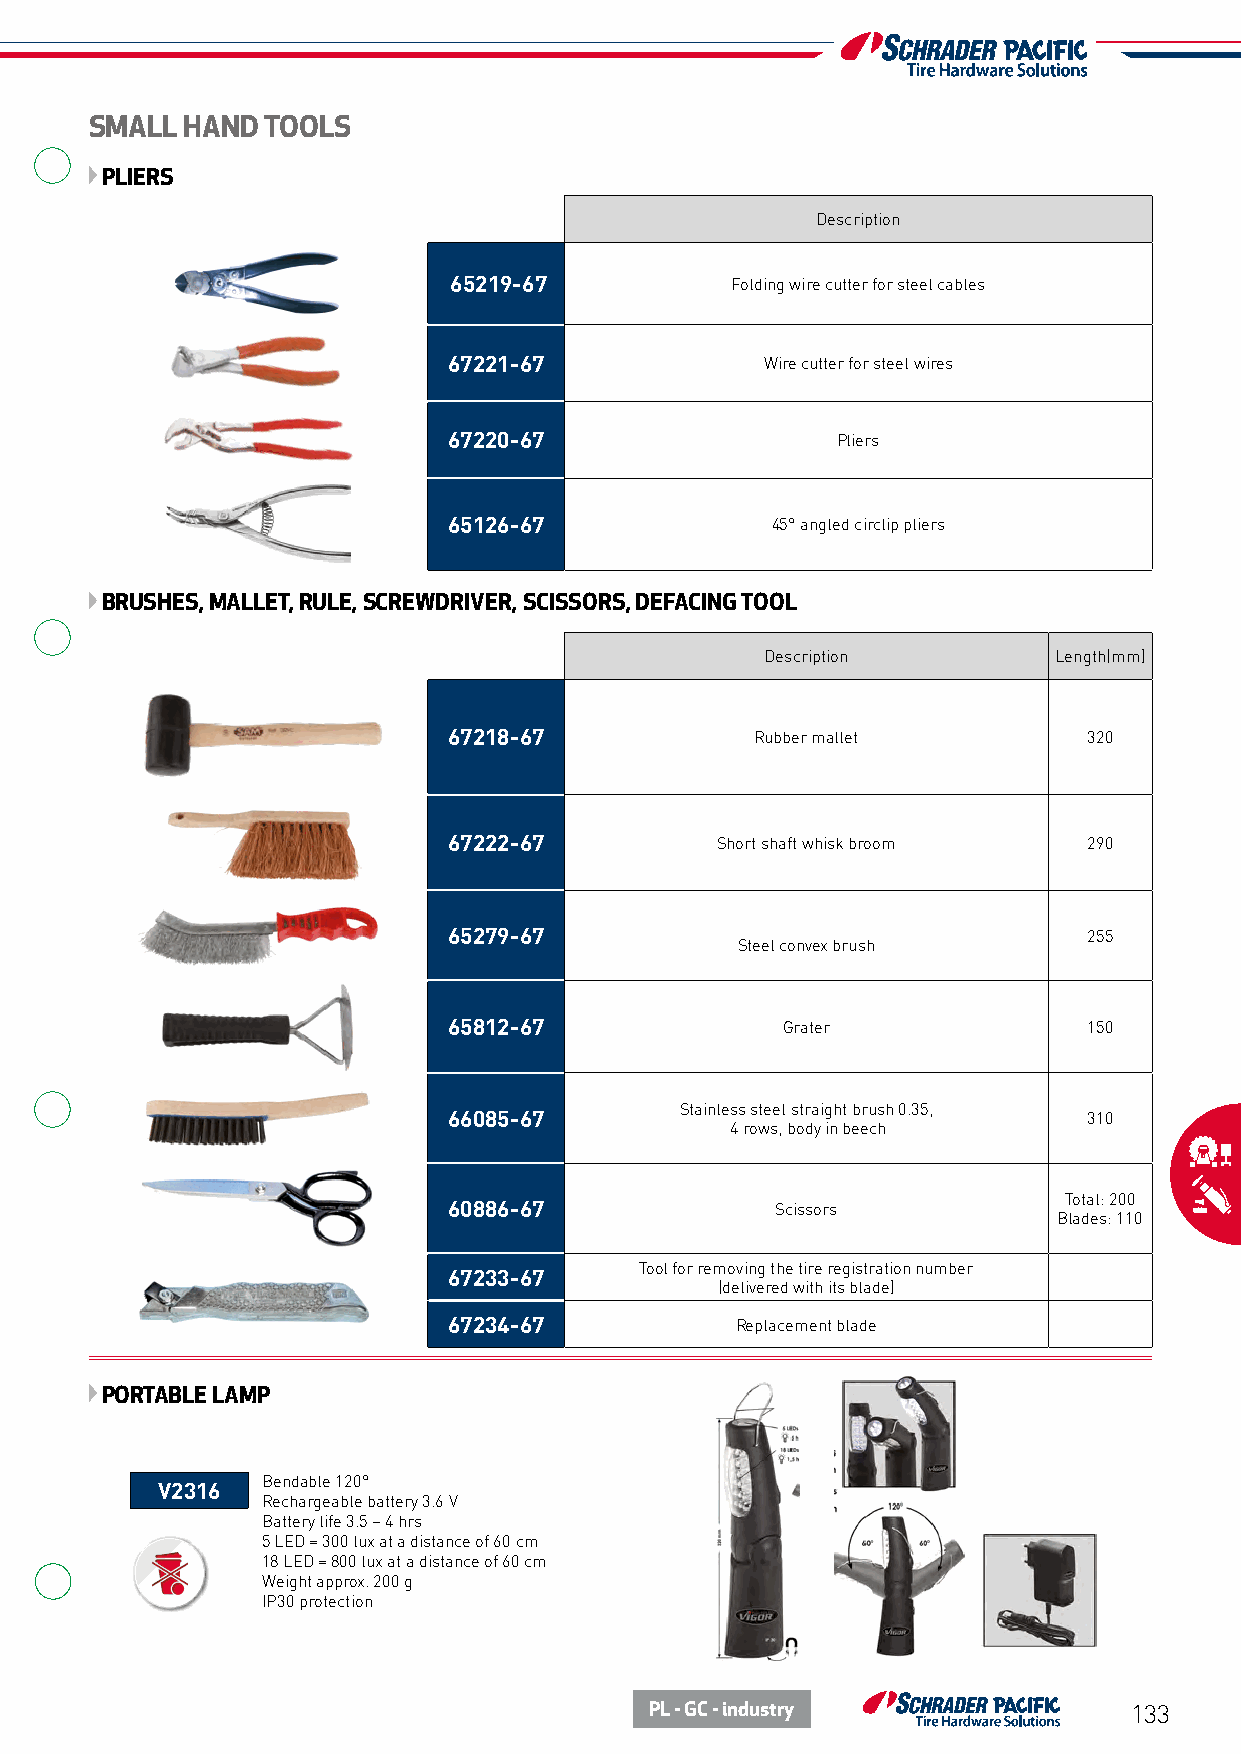
SMALL HAND TOOLS
 PLIERS
 Description
 65219-67          Folding wire cutter for steel cables
 67221-67             Wire cutter for steel wires
 67220-67                 Pliers
 65126-67             45° angled circlip pliers
 BRUSHES, MALLET, RULE, SCREWDRIVER, SCISSORS, DEFACING TOOL
 Description        Length(mm)
 67218-67            Rubber mallet         320
 67222-67         Short shaft whisk broom  290
 65279-67                                  255
 Steel convex brush
 65812-67              Grater              150
 Stainless steel straight brush 0.35,
 66085-67                                  310
 4 rows, body in beech
 Total: 200
 60886-67             Scissors
 Blades: 110
 Tool for removing the tire registration number
 67233-67
 (delivered with its blade)
 67234-67           Replacement blade
 PORTABLE LAMP
 Bendable 120°
 V2316
 Rechargeable battery 3.6 V
 Battery life 3.5 – 4 hrs
 5 LED = 300 lux at a distance of 60 cm
 18 LED = 800 lux at a distance of 60 cm
 Weight approx. 200 g
 IP30 protection
 PL - GC - industry              133